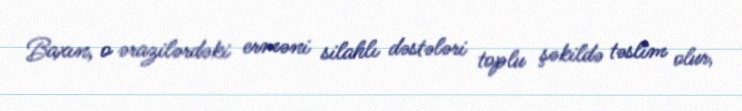
Baxın, o ərazilərdəki erməni silahlı dəstələri toplu şəkildə təslim olur,